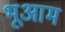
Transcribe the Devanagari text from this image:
भूआम